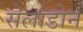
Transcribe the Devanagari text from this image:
सेलाडोन